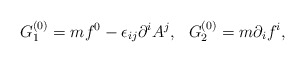
\begin{align*}G^{(0)}_1 = mf^0-\epsilon_{ij}\partial^iA^j,~~G^{(0)}_2=m\partial_i f^i,\end{align*}